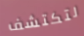
لتكتشف